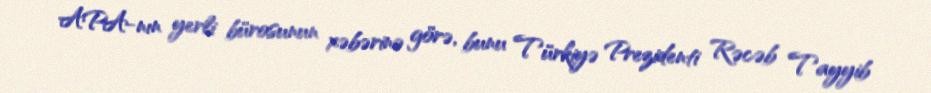
APA-nın yerli bürosunun xəbərinə görə, bunu Türkiyə Prezidenti Rəcəb Tayyib